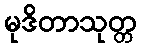
မုဒိတာသုတ္တ